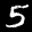
Label: 5